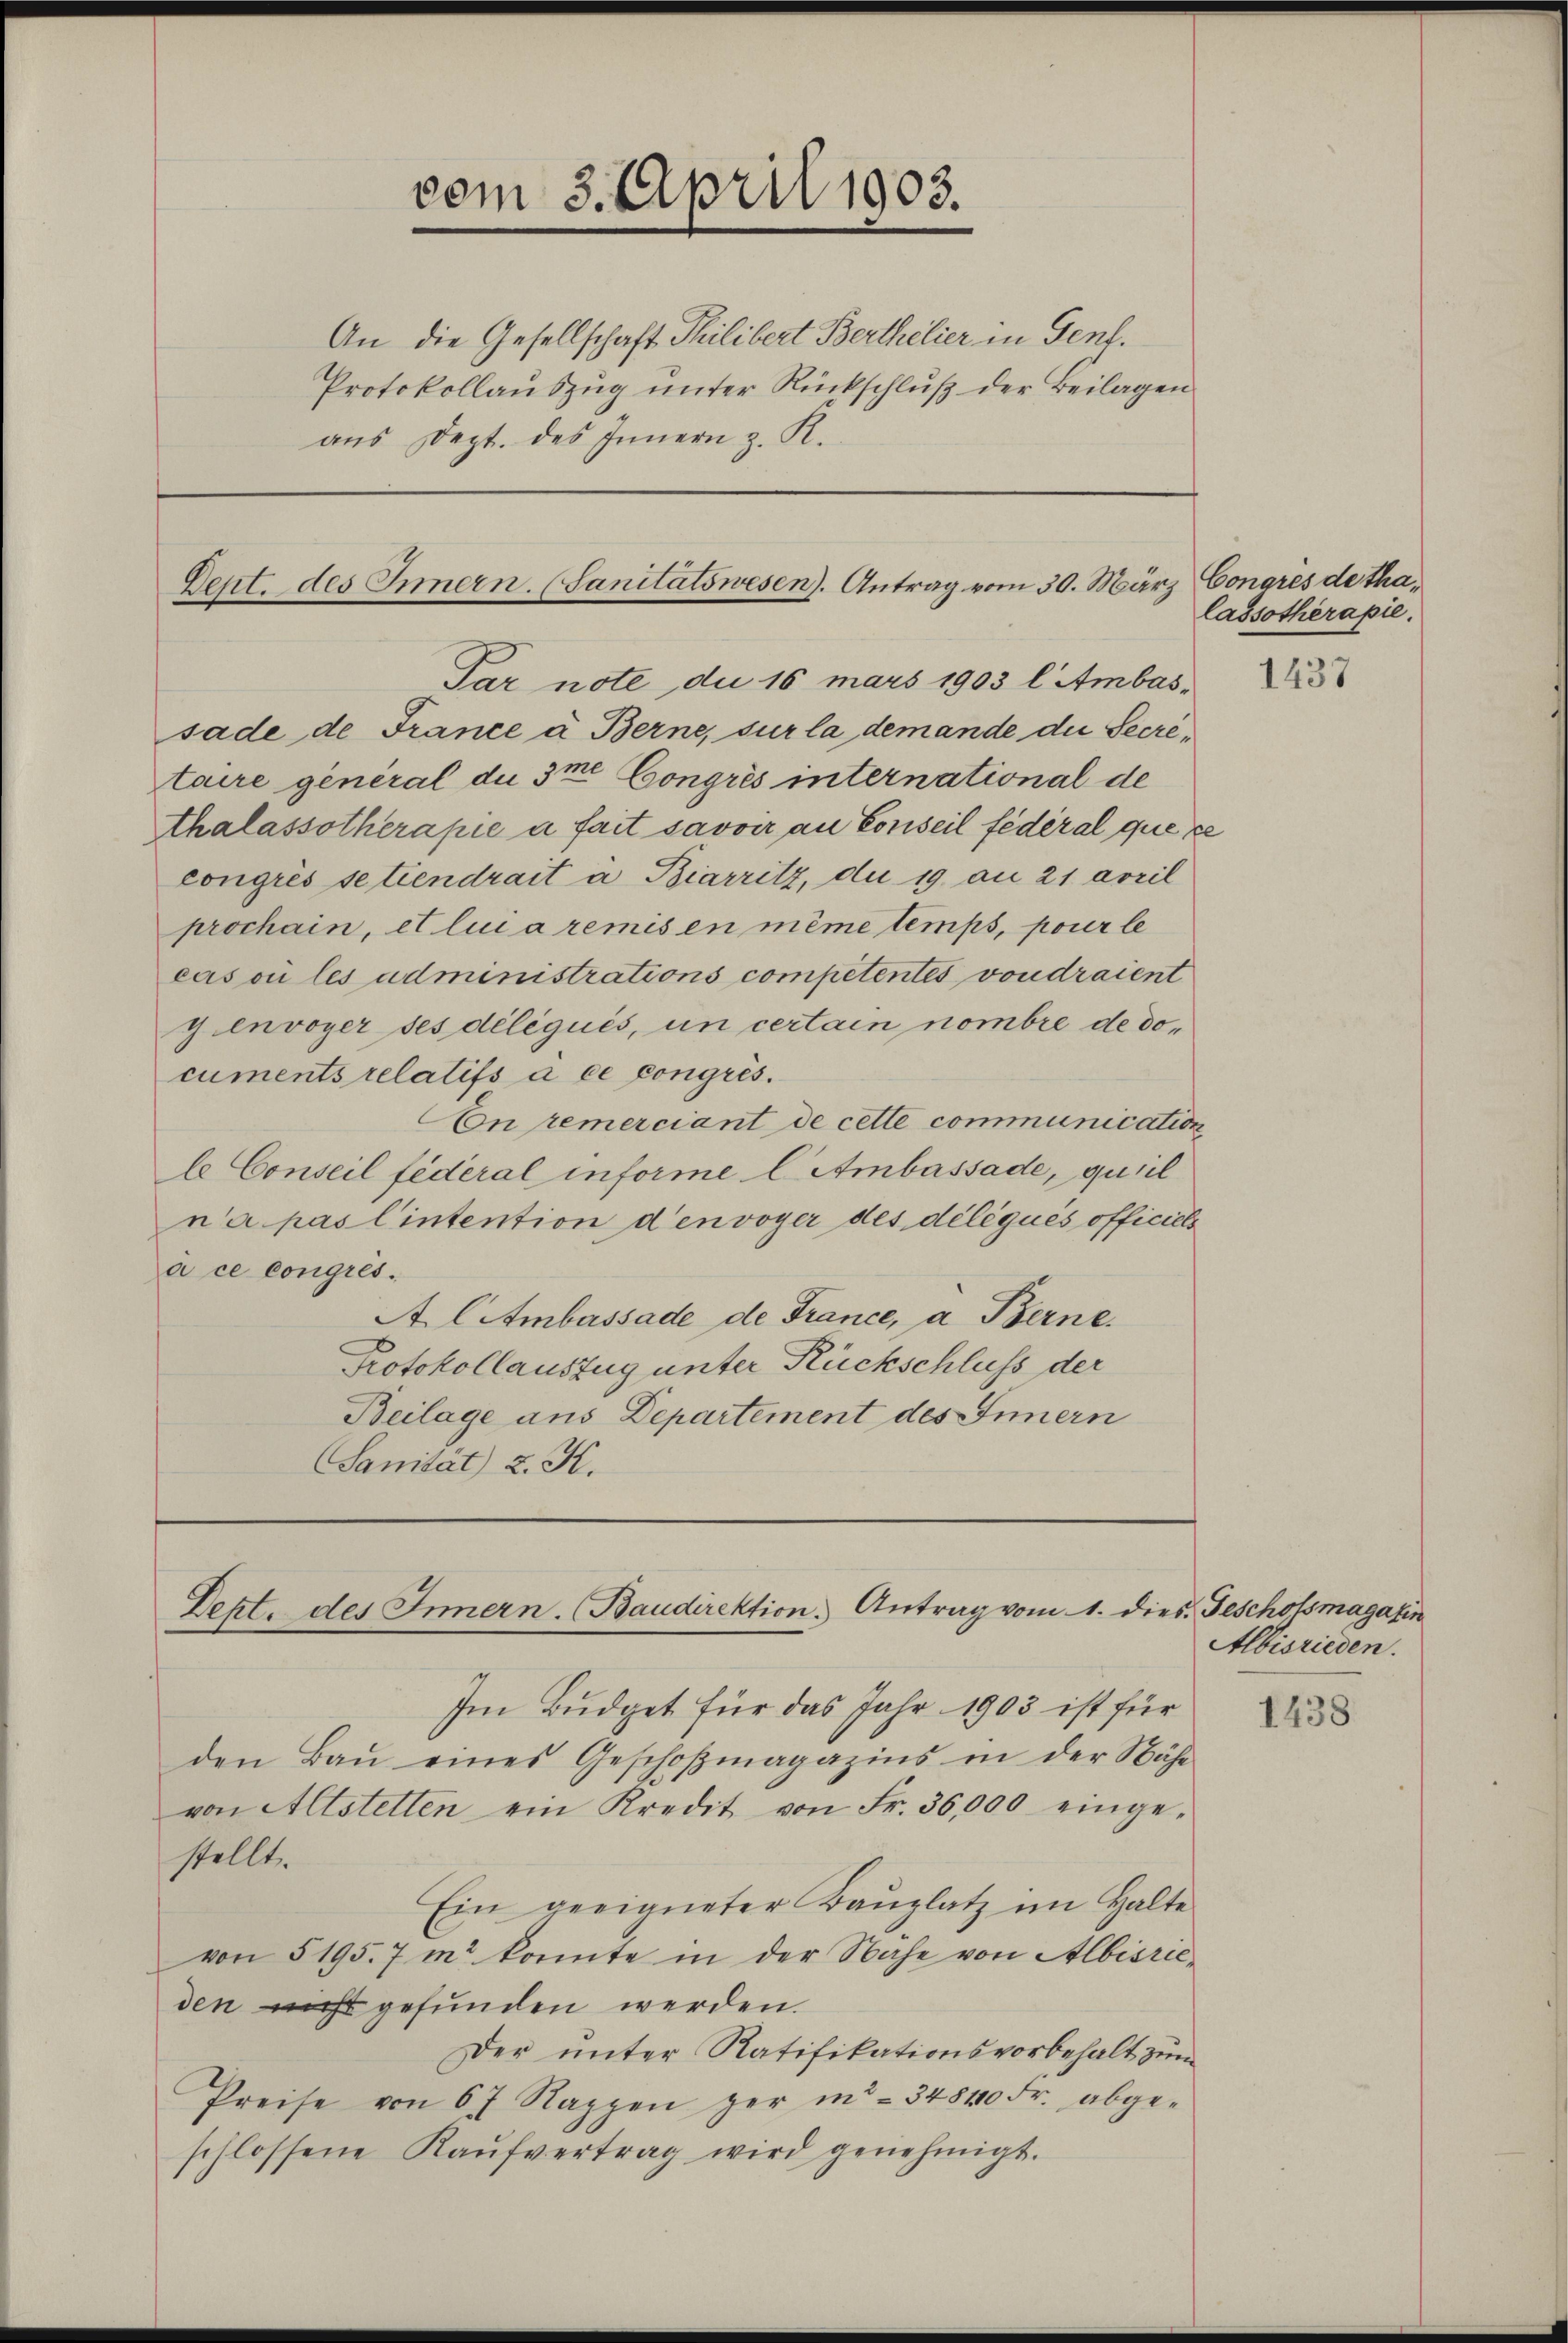
vom 3. April 1903.
An die Gesellschaft Philibert Berthelier in Genf.
Protokollauszug unter Rückschluß der Beilagen
aus Dept. des Innern z. R.

Dent. des Innern. (Sanitätswesen). Antrag vom 30. März

Par note, du 18 mars 1903 l Ambas
sade de France à Berne, sur la demande die Secretaire general die Ime Congrés international de
thalassotherapie à fait savoir an Conseil fédéral que se
congrés se tiendrait a Biarritz, die 19 an 21 arril
prochain, et lui a remis en même temps, poser le
cas ou les administrations competentes voudraient
yenvoyer ses délégués, un certain nombre de documents relatifs à ce congrés.
Cn remerciant de cette communication
l Conseil fédéral informe l Ambassade, qu’il
n’a pas l’intention d’envoyer des délégués officiels
à ce congrés.
A. Citmbassade de France, a Berne.
Protokollauszug unter Rückschluss der
Beilage aus Departement des Innern
Sanität 2. K.

Deht. des Innern. Baudirektion. Antrag vom 1. die

Congres de thalassotherapie.

Im Budget für das Jahr 1903 ist für
den Baŭ eines Geschoβmagazins in der Nähe
von Altstetten ein Kredit von Fr. 36,000 einge-
stellt.
Ein geeigneter Kauplatz im Halte
von 5195. 7 m konnte in der Nahe von Albisrieden nicht gefunden werden.
Der unter Ratifikationsvorbehalt zum
Preise von 67 Rappen per in - 348400 Fr. abgeschlossene Kaŭfvertrag wird genehmigt.

1437

s. Gescholsmagazin
Albisrieden.

1438